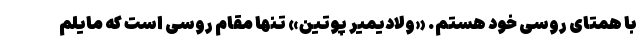
با همتای روسی خود هستم. «ولادیمیر پوتین» تنها مقام روسی است که مایلم